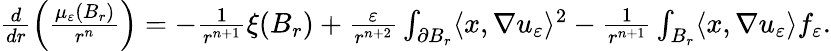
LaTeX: \begin{array}{r}{\frac{d}{dr}\left(\frac{\mu_{\varepsilon}(B_{r})}{r^{n}}\right)=-\frac{1}{r^{n+1}}\xi(B_{r})+\frac{\varepsilon}{r^{n+2}}\int_{\partial B_{r}}\langle x,\nabla u_{\varepsilon}\rangle^{2}-\frac{1}{r^{n+1}}\int_{B_{r}}\langle x,\nabla u_{\varepsilon}\rangle f_{\varepsilon}.}\end{array}